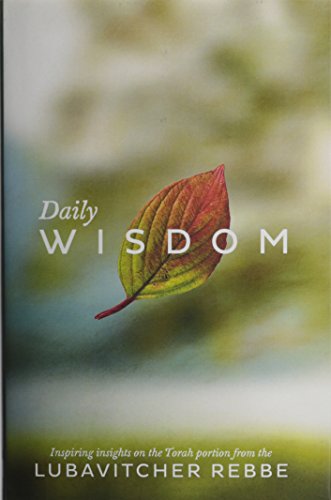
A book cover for Daily Wisdom; Rabbi Menachem Mendel Schneerson; Religion & Spirituality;